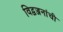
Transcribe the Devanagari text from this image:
विद्वज्जनांची